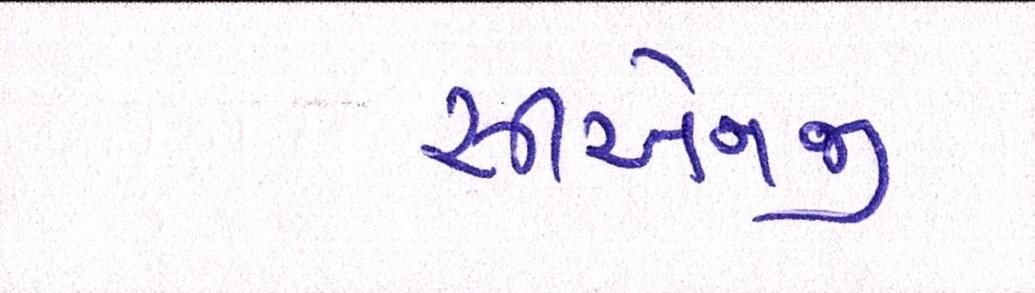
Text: સીએનજી